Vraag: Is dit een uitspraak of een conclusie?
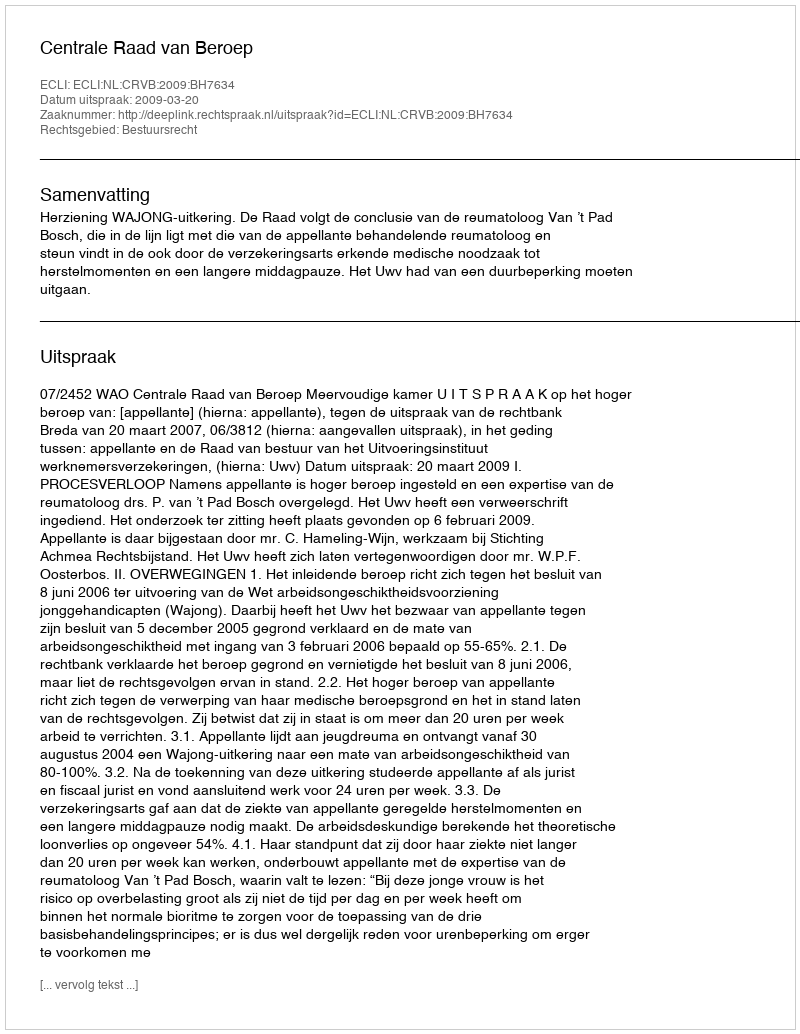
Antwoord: Uitspraak